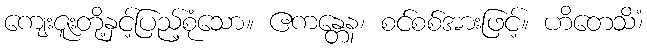
ကျေးဇူးတို့နှင့်ပြည့်စုံသော။ ဧကန္တေန၊ စင်စစ်အားဖြင့်။ ဟိတေသိံ၊